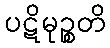
ပဋိမုဉ္စတိ